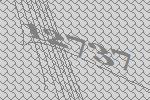
12737